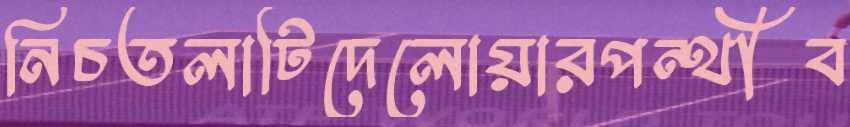
নিচতলাটিদেলোয়ারপন্থীব